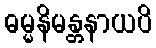
ဓမ္မနိမန္တနာယပိ